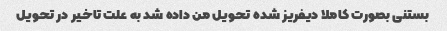
بستنی بصورت کاملا دیفریز شده تحویل من داده شد به علت تاخیر در تحویل